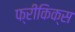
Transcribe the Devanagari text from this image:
फ्रीकिक्स